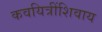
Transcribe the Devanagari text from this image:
कवयित्रींशिवाय